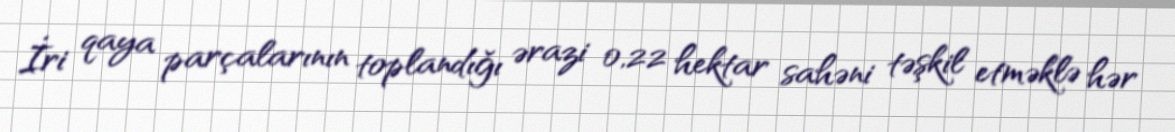
İri qaya parçalarının toplandığı ərazi 0,22 hektar sahəni təşkil etməklə hər